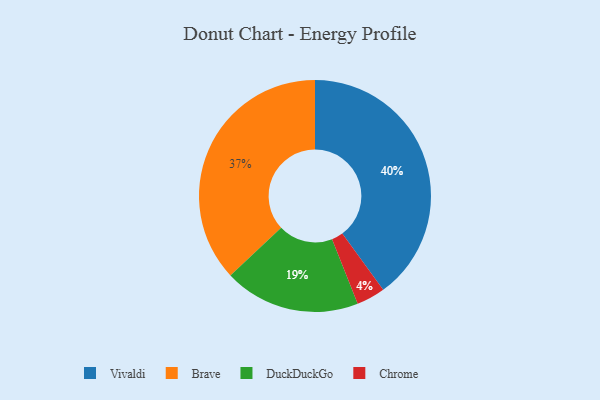
{"axis": {"x": "Category", "y": "Percentage"}, "legend": ["Brave", "Chrome", "DuckDuckGo", "Vivaldi"], "data": [{"x": "Brave", "y": 37, "type": "Brave"}, {"x": "Vivaldi", "y": 40, "type": "Vivaldi"}, {"x": "DuckDuckGo", "y": 19, "type": "DuckDuckGo"}, {"x": "Chrome", "y": 4, "type": "Chrome"}]}